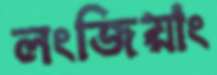
লংজিয়াং